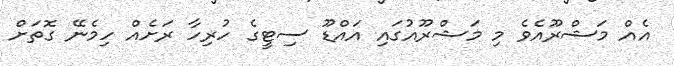
އެއް މަޝްރޫއެވެ މި މަޝްރޫއުގައި އައްޑޫ ސިޓީގެ ހުރިހާ ރަށެއް ހިމެނޭ ގޮތަށް